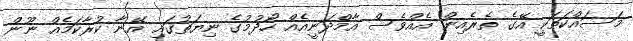
މަސައްކަތަކީ އޭގެ ތެރެއިން އެއްވެސް އާމްދަނީއެއް ހޯދުމުގެ ނިޔަތުގައި އޭނާ ކުރާކަމެއް ނޫން